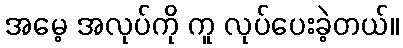
အမေ့ အလုပ်ကို ကူ လုပ်ပေးခဲ့တယ်။